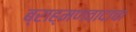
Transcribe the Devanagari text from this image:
ब्राह्मणवादाचा